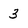
Character: 3